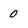
Character: 0